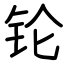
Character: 𬬭